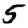
Digit: 5